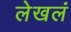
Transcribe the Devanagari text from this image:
लेखलं